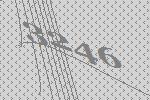
3246